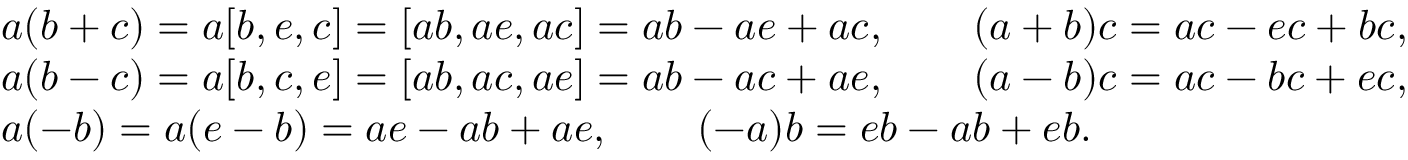
\begin{array} { r l } & { a ( b + c ) = a [ b , e , c ] = [ a b , a e , a c ] = a b - a e + a c , \qquad ( a + b ) c = a c - e c + b c , } \\ & { a ( b - c ) = a [ b , c , e ] = [ a b , a c , a e ] = a b - a c + a e , \qquad ( a - b ) c = a c - b c + e c , } \\ & { a ( - b ) = a ( e - b ) = a e - a b + a e , \qquad ( - a ) b = e b - a b + e b . } \end{array}